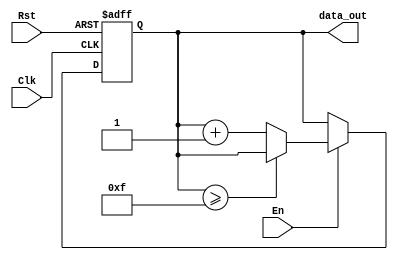
module AES_Decrypt_Counter(Clk, Rst, En, data_out);
    input   Clk, Rst, En;
    output  reg [3:0] data_out;

    always @ (posedge Clk or negedge Rst) begin
        if (!Rst) begin
            data_out <= 0;
        end else begin
            if (En) begin
                if (data_out >= 15) begin
                    data_out <= data_out;
                end else begin
                    data_out <= data_out + 4'd1;    
                end
            end else begin
                data_out <= data_out;
            end
        end
    end
endmodule